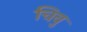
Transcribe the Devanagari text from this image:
चिवु